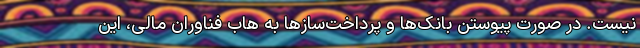
نیست. در صورت پیوستن بانک‌ها و پرداخت‌سازها به هاب فناوران مالی، ‌این